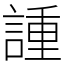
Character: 諥